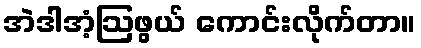
အဲဒါအံ့ဩဖွယ် ကောင်းလိုက်တာ။